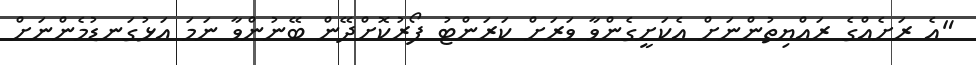
"އެ ރަށެއްގެ ރައްޔިތުންނަށް އެކަށީގެންވާ ވަރަށް ކަރަންޓު ފޯރުކޮށްދޭން ބޭނުންވާ ނަމަ އަޅުގަނޑުމެންނަށް